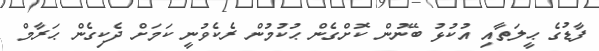
ފާޑުގެ ޙީލަތާއި އުކުޅު ބޭނުން ކޮށްގެން ޙުކުމުން ރެކެވުނީ ކަމަށް ދެކިގެން ޙަރާމް